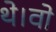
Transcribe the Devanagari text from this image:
थे।वो